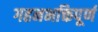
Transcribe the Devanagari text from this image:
गहनभक्तिपूर्ण